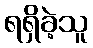
ရရှိခဲ့သူ